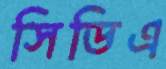
সিডিএ